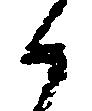
候